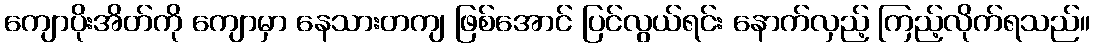
ကျောပိုးအိတ်ကို ကျောမှာ နေသားတကျ ဖြစ်အောင် ပြင်လွယ်ရင်း နောက်လှည့် ကြည့်လိုက်ရသည်။